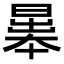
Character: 𣉱